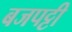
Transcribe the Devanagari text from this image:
बजपट्टी